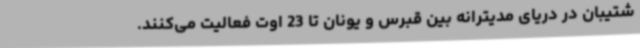
شتیبان در دریای مدیترانه بین قبرس و یونان تا 23 اوت فعالیت می‌کنند.